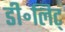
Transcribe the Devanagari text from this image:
डी॰लिट्